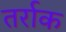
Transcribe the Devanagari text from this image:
तर्राक